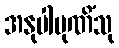
အနုပါပုဏိံသု